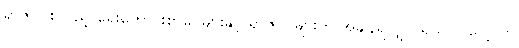
ရာဇဝင်စသည့် ရှေးဟောင်းစာပေများနှင့် ရာဇဝင်များကို အချိန်ရလျှင် ရသလို လေ့လာ